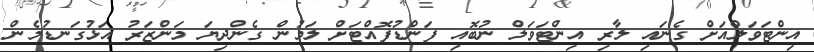
އިންޓަވަލްއަށް ގެނައި ލާރި އިންޓަވަލް ނުބޮއި ފަންޑުފޮއްޓަށް ލަމުން ގެންދިޔަ މަންޒަރު އަޅުގަނޑުމެން